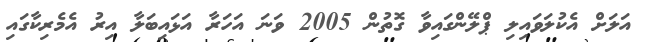
އަލަށް އެކުލަވައިލި ޕްލޭންގައިވާ ގޮތުން 2005 ވަނަ އަހަރާ އަޅައިބަލާ އިރު އެމެރިކާގައި